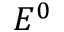
E ^ { 0 }